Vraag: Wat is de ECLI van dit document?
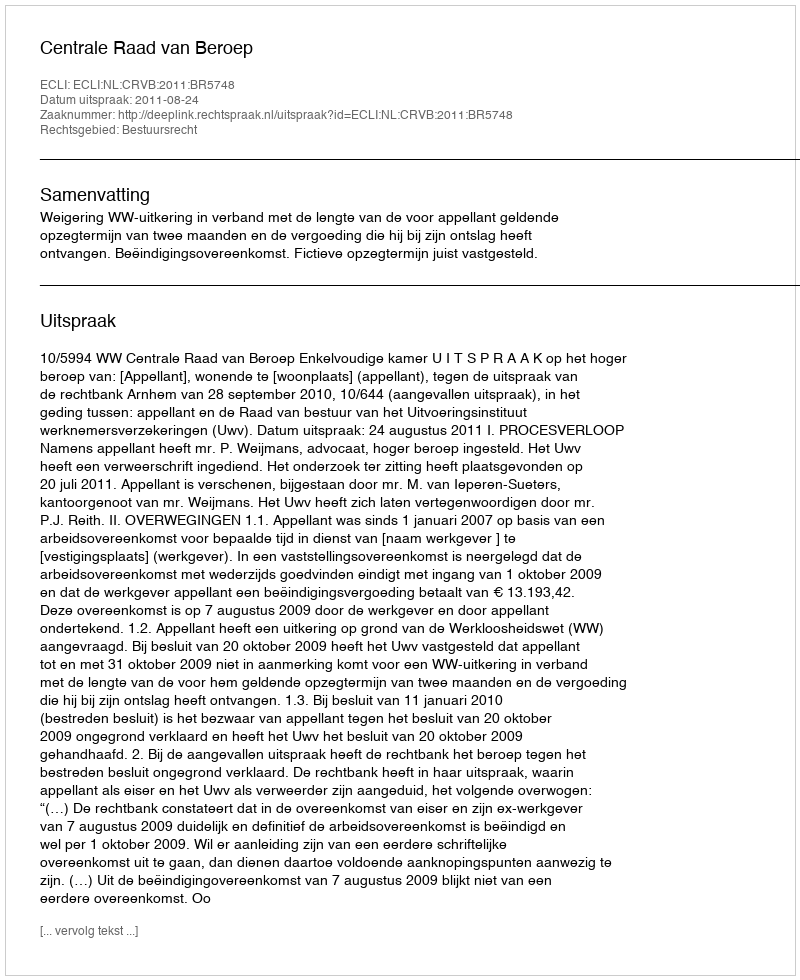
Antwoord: ECLI:NL:CRVB:2011:BR5748